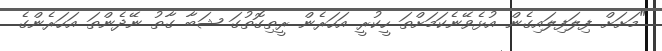
"މަށަށް ފިލަފިލައިގެން އުޅެވޭނެކަމަށްތަ ހީކުރީ އަހަރެން ރީތިގޮތުގަ ޝަބާ ގާތު ނޭދެންތަ އަހަރެންގެ